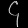
Digit: ၄